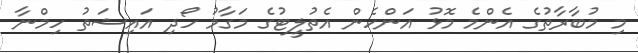
މި މުބާރާތުގެ އެންމެ މޮޅު އަންހެން އެތުލީޓުގެ މަގާމު ހޯދި އައިޝަތު ހިމްނާ